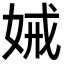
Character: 𭑺